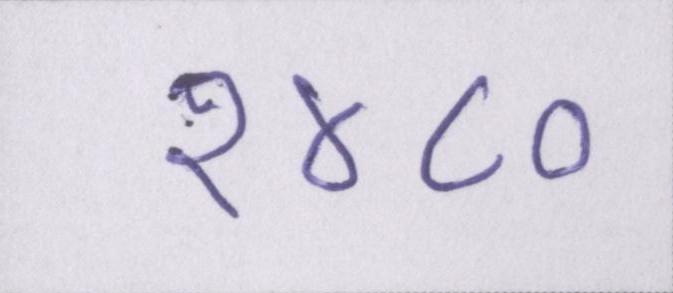
१४८०